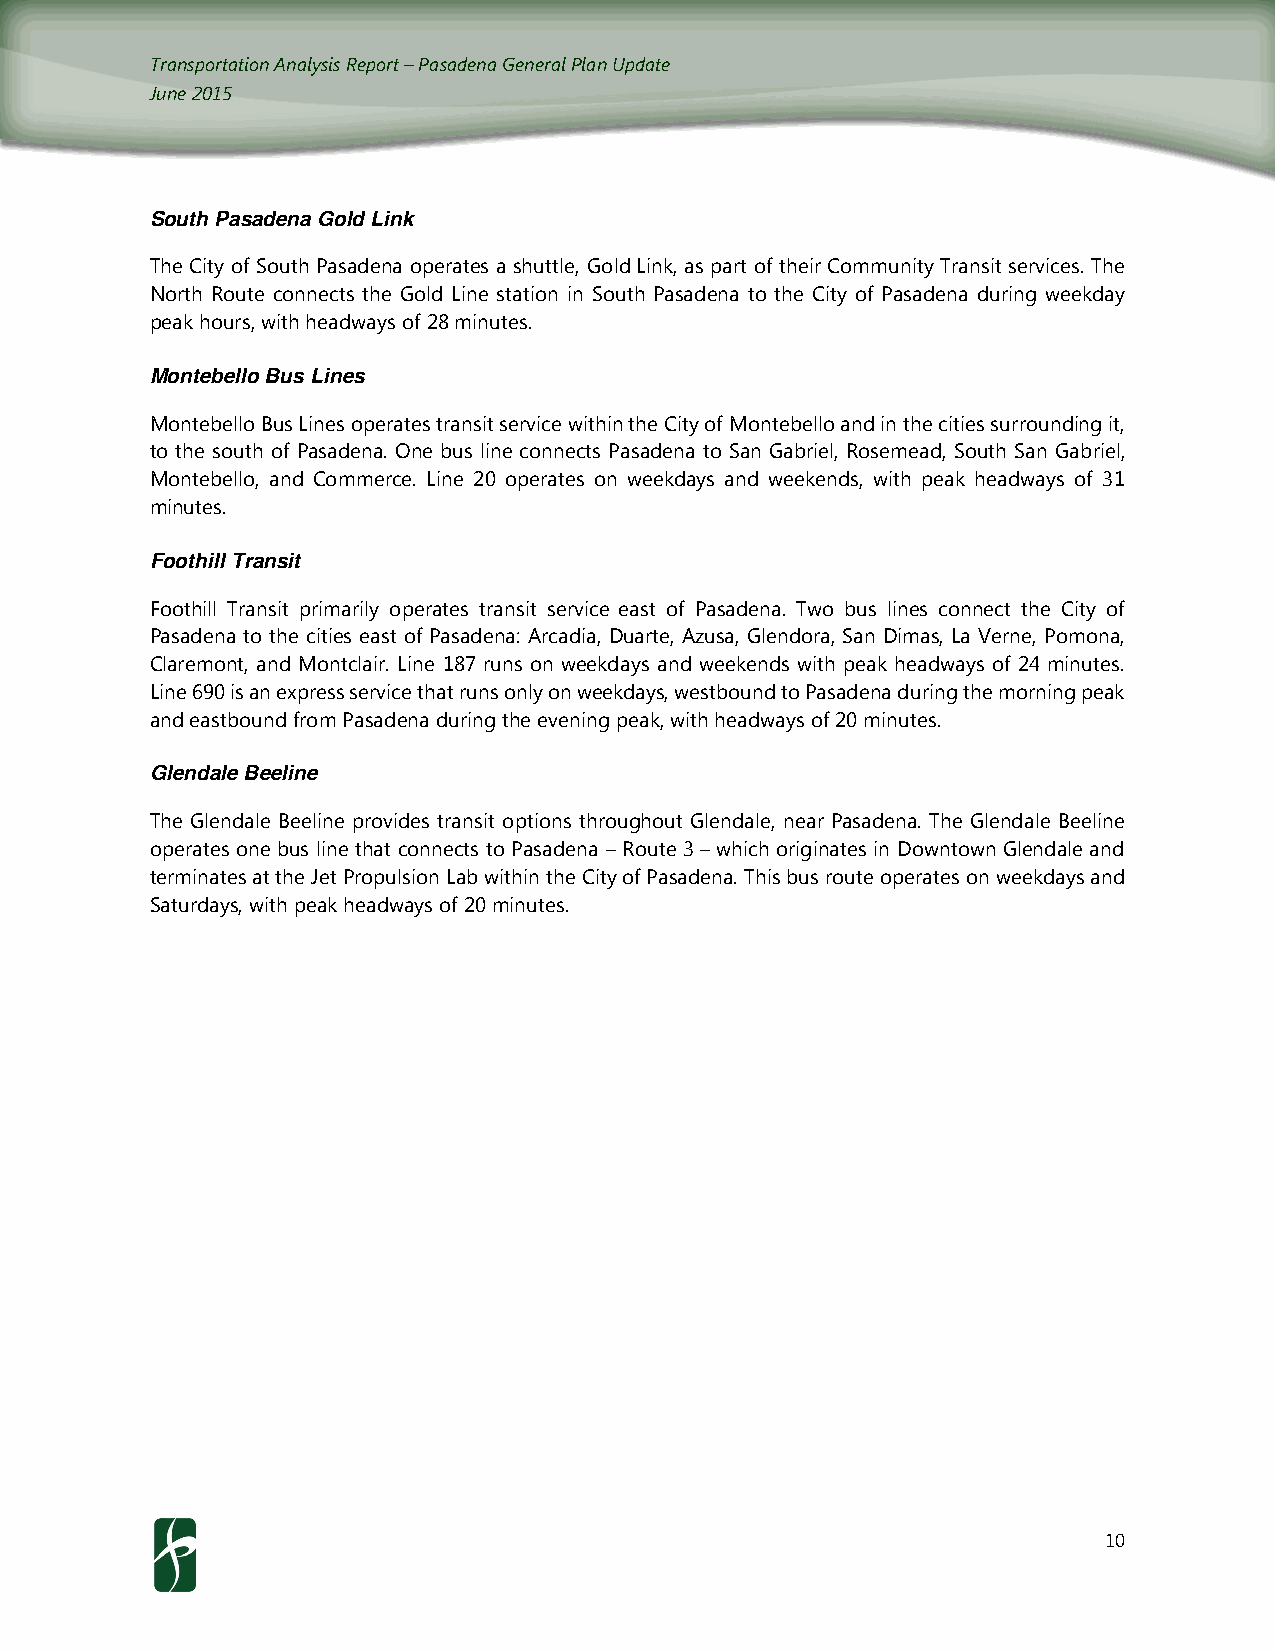
Transportation Analysis Report – Pasadena General Plan Update
 June 2015
 South Pasadena Gold Link
 The City of South Pasadena operates a shuttle, Gold Link, as part of their Community Transit services. The
 North Route connects the Gold Line station in South Pasadena to the City of Pasadena during weekday
 peak hours, with headways of 28 minutes.
 Montebello Bus Lines
 Montebello Bus Lines operates transit service within the City of Montebello and in the cities surrounding it,
 to the south of Pasadena. One bus line connects Pasadena to San Gabriel, Rosemead, South San Gabriel,
 Montebello, and Commerce. Line 20 operates on weekdays and weekends, with peak headways of 31
 minutes.
 Foothill Transit
 Foothill Transit primarily operates transit service east of Pasadena. Two bus lines connect the City of
 Pasadena to the cities east of Pasadena: Arcadia, Duarte, Azusa, Glendora, San Dimas, La Verne, Pomona,
 Claremont, and Montclair. Line 187 runs on weekdays and weekends with peak headways of 24 minutes.
 Line 690 is an express service that runs only on weekdays, westbound to Pasadena during the morning peak
 and eastbound from Pasadena during the evening peak, with headways of 20 minutes.
 Glendale Beeline
 The Glendale Beeline provides transit options throughout Glendale, near Pasadena. The Glendale Beeline
 operates one bus line that connects to Pasadena – Route 3 – which originates in Downtown Glendale and
 terminates at the Jet Propulsion Lab within the City of Pasadena. This bus route operates on weekdays and
 Saturdays, with peak headways of 20 minutes.
 10